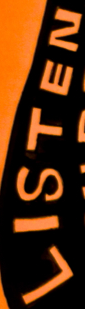
LISTEN